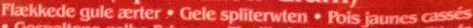
Flaekkede gule aerter.Gele spliterwten.Pois jaunes casses